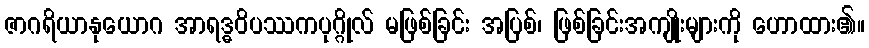
ဇာဂရိယာနုယောဂ အာရဒ္ဓဝိပဿကပုဂ္ဂိုလ် မဖြစ်ခြင်း အပြစ်၊ ဖြစ်ခြင်းအကျိုးများကို ဟောထား၏။